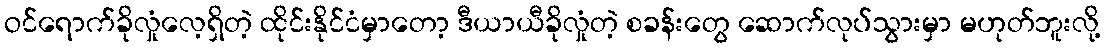
ဝင်ရောက်ခိုလှုံလေ့ရှိတဲ့ ထိုင်းနိုင်ငံမှာတော့ ဒီယာယီခိုလှုံတဲ့ စခန်းတွေ ဆောက်လုပ်သွားမှာ မဟုတ်ဘူးလို့